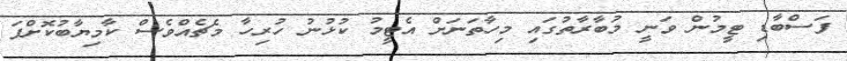
ފަސްބާޑި ޓީމުން ވަނީ މުބާރާތުގައި މިހާތަނަށް އެޓީމު ކުޅުނު ހުރިހާ މެޗެއްވެސް ކާމިޔާބުކޮށްފަ